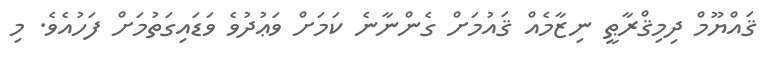
ޤައްޔޫމް ދިމިޤްރާޠީ ނިޒާމެއް ޤައުމަށް ގެންނާނެ ކަމަށް ވަޢުދުވެ ވަޑައިގަތުމަށް ފަހުއެވެ. މި